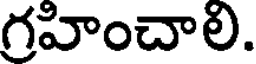
గ్రహించాలి.